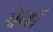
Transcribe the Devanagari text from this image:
वेनों